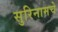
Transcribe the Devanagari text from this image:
सुरिनामचे